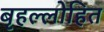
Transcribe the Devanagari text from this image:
बृहल्लोहित